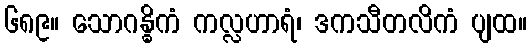
၆၈၉။ သောဂန္ဓိကံ ကလ္လဟာရံ၊ ဒကသီတလိကံ ပျထ။